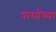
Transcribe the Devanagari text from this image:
पाध्येंच्या